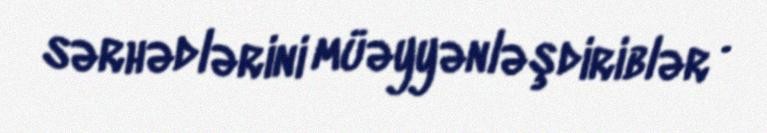
sərhədlərini müəyyənləşdiriblər .